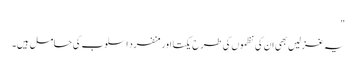
"
یہ غزلیں بھی ان کی نظموں کی طرح یکتا اور منفرد اسلوب کی حامل ہیں۔